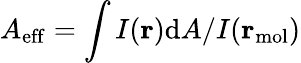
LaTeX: A_{\mathrm{eff}}=\int I(\mathbf{r})\mathrm{d}A/I(\mathbf{r}_{\mathrm{mol}})